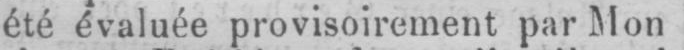
été évaluée provisoirement par Mon